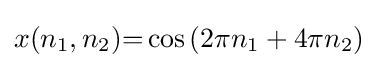
x(n_{1},n_{2}){=}\cos {(2\pi n_{1}+4\pi n_{2})}